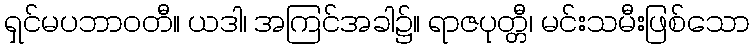
ရှင်မပဘာဝတီ။ ယဒါ၊ အကြင်အခါ၌။ ရာဇပုတ္တီ၊ မင်းသမီးဖြစ်သော